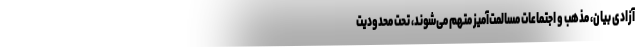
آزادی بیان، مذهب و اجتماعات مسالمت‌آمیز متهم می‌شوند، تحت محدودیت